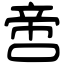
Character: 啻